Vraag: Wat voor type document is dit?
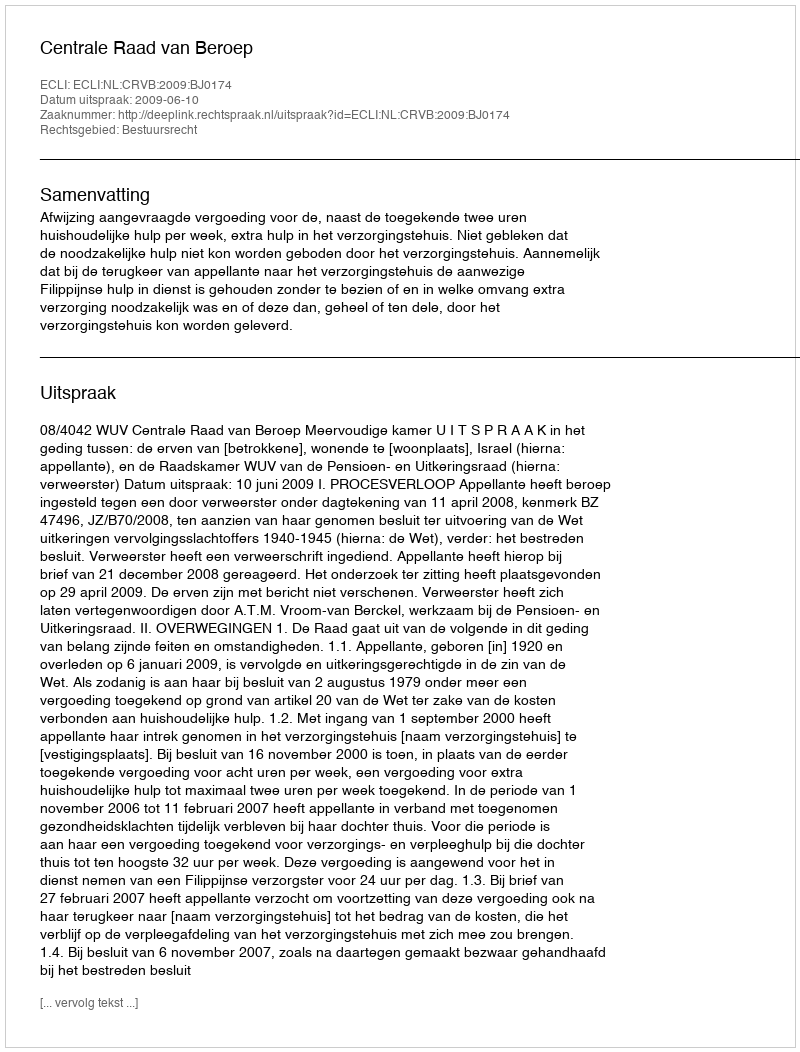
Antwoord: Uitspraak